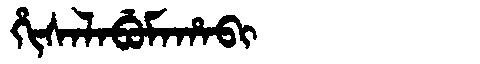
Manchu: ᡥᡳᠰᠠᠯᠠᠪᡠᠮᠠᡥᠠᠪᡳ
Romanization: HISALABUMAHABI